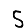
Digit: 5